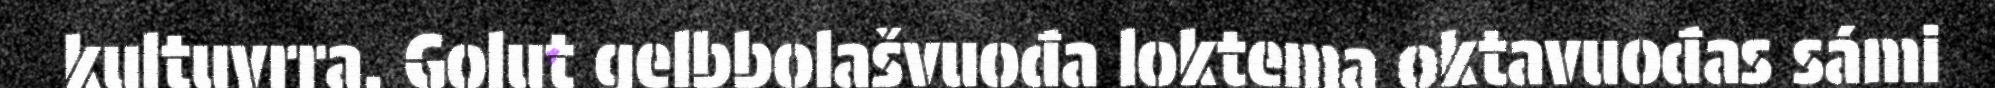
kultuvrra. Golut gelbbolašvuođa loktema oktavuođas sámi